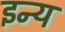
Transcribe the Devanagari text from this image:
इन्य